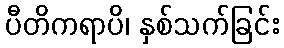
ပီတိကရာပိ၊ နှစ်သက်ခြင်း